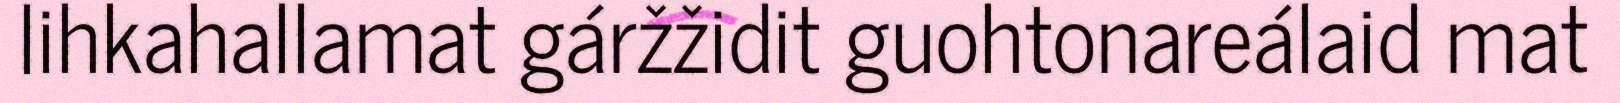
lihkahallamat gáržžidit guohtonareálaid mat